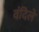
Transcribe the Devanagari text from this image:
वंदिले